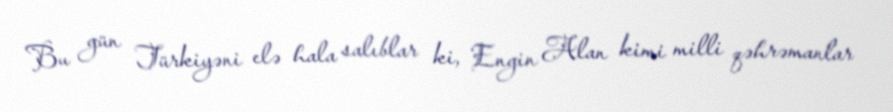
Bu gün Türkiyəni elə hala salıblar ki, Engin Alan kimi milli qəhrəmanlar